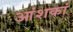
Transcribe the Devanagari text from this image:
आंशकां